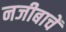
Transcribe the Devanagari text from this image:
नजीबाचें